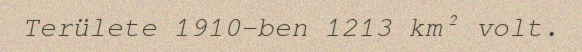
Területe 1910-ben 1213 km² volt.